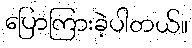
ပြောကြားခဲ့ပါတယ်။